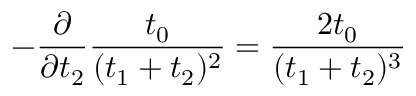
- \frac { \partial } { \partial t _ { 2 } } \frac { t _ { 0 } } { ( t _ { 1 } + t _ { 2 } ) ^ { 2 } } = \frac { 2 t _ { 0 } } { ( t _ { 1 } + t _ { 2 } ) ^ { 3 } }